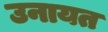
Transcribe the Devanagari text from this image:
उनायत